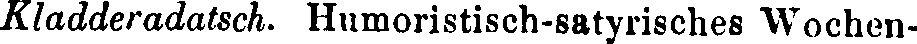
Kladderadatsch. Humoristisch-satyrisches Wochen-